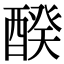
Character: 䤆